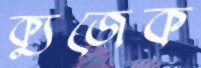
ক্যুজেক